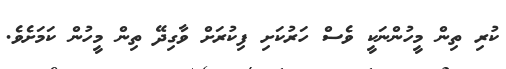
ކުރި ތިން މީހުންނަކީ ވެސް ހަރުކަށި ފިކުރަށް ވާގިދޭ ތިން މީހުން ކަމަށެވެ.